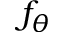
f _ { \theta }